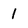
Character: 1